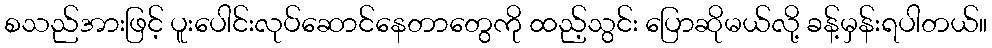
စသည်အားဖြင့် ပူးပေါင်းလုပ်ဆောင်နေတာတွေကို ထည့်သွင်း ပြောဆိုမယ်လို့ ခန့်မှန်းရပါတယ်။